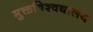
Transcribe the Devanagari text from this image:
मुक्तविश्वद्यालय